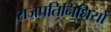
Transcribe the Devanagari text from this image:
राजप्रतिनिधियों